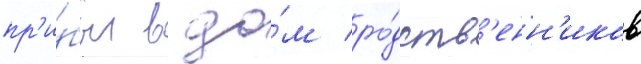
пр'и́был в до́м ро́дств'енн'иков